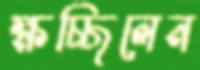
ক্ষচ্ছিলেন